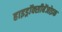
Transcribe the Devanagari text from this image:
हाइड्रॉक्सीबेंजोइक